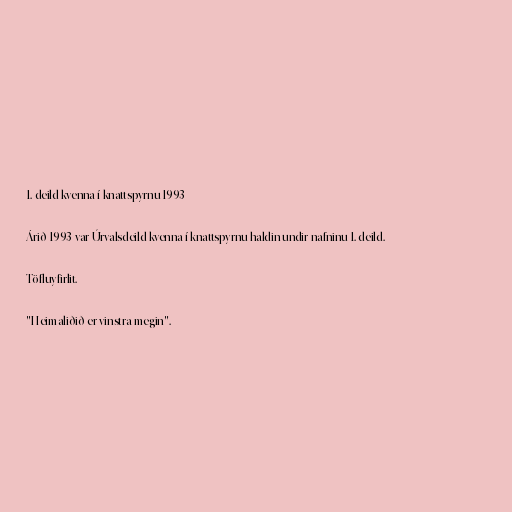
1. deild kvenna í knattspyrnu 1993

Árið 1993 var Úrvalsdeild kvenna í knattspyrnu haldin undir nafninu 1. deild.

Töfluyfirlit.

"Heimaliðið er vinstra megin".